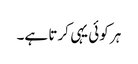
ہر کوئی یہی کرتا ہے۔